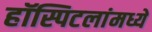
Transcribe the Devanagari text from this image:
हॉस्पिटलांमध्ये